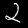
Label: 2